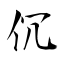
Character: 伔